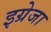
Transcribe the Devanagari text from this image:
इग्रेजा